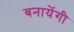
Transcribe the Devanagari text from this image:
बनायेंगी